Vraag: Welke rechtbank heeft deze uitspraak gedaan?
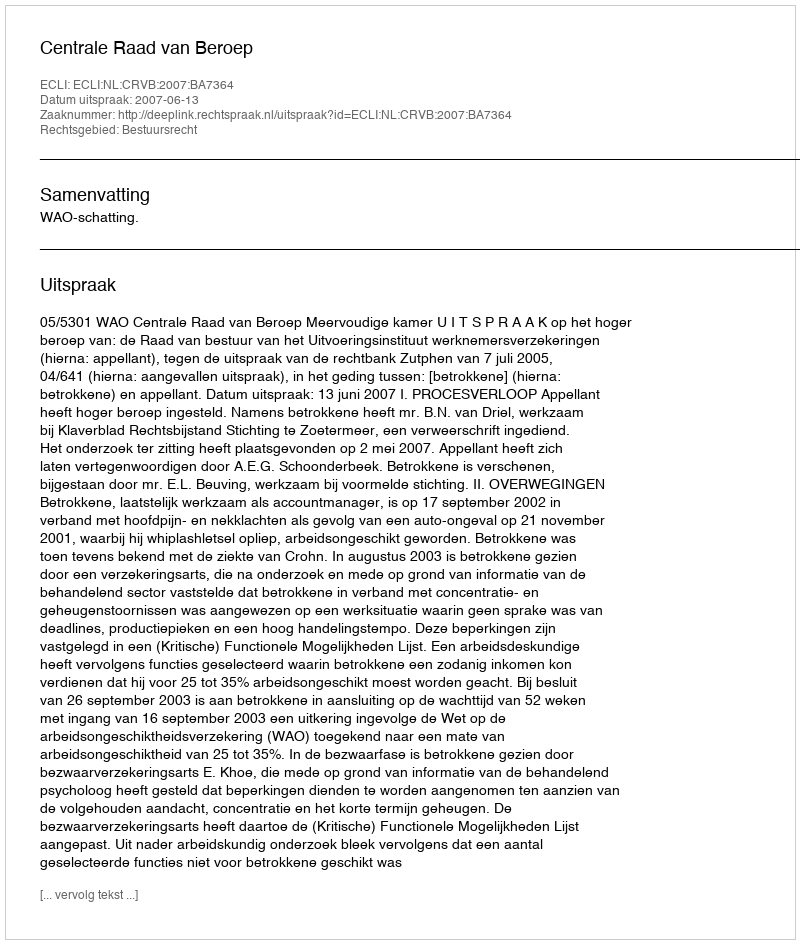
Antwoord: Centrale Raad van Beroep